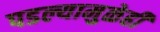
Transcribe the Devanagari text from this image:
पडल्यामुळेही